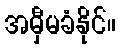
အမှီမခံနိုင်။